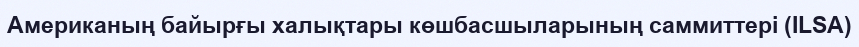
Американың байырғы халықтары көшбасшыларының саммиттері (ILSA)